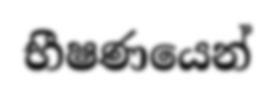
භීෂණයෙන්